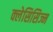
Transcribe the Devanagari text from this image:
क्लेसिसिज्म